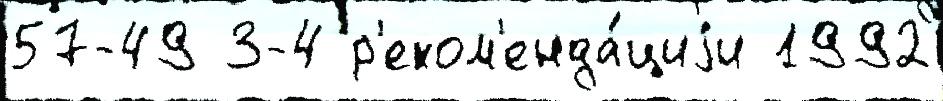
57-49 3-4 р'еком'енда́циjи 1992